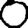
Digit: 0